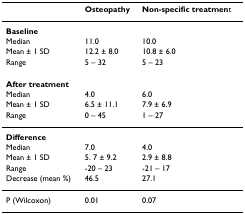
|  | Osteopathy | Non-specific treatment |
 | --- | --- | --- |
 | Baseline |  |  |
 | Median | 11.0 | 10.0 |
 | Mean ± 1 SD | 12.2 ± 8.0 | 10.8 ± 6.0 |
 | Range | 5 – 32 | 5 – 23 |
 | After treatment |  |  |
 | Median | 4.0 | 6.0 |
 | Mean ± 1 SD | 6.5 ± 11.1 | 7.9 ± 6.9 |
 | Range | 0 – 45 | 1 – 27 |
 | Difference |  |  |
 | Median | 7.0 | 4.0 |
 | Mean ± 1 SD | 5. 7 ± 9.2 | 2.9 ± 8.8 |
 | Range | -20 – 23 | -21 – 17 |
 | Decrease (mean %) | 46.5 | 27.1 |
 | P (Wilcoxon) | 0.01 | 0.07 |